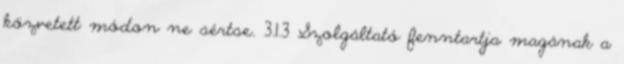
közvetett módon ne sértse. 3.1.3 Szolgáltató fenntartja magának a